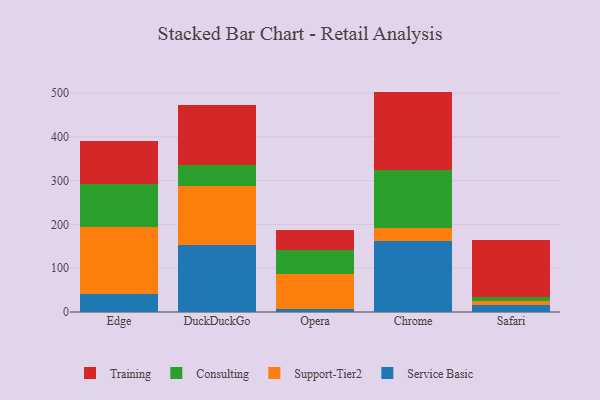
{"axis": {"x": "Browser", "y": "Active Users"}, "legend": ["Consulting", "Service Basic", "Support-Tier2", "Training"], "data": [{"x": "Edge", "y": 40.2, "type": "Service Basic"}, {"x": "Edge", "y": 153.8, "type": "Support-Tier2"}, {"x": "Edge", "y": 99.5, "type": "Consulting"}, {"x": "Edge", "y": 96.4, "type": "Training"}, {"x": "DuckDuckGo", "y": 153.2, "type": "Service Basic"}, {"x": "DuckDuckGo", "y": 135.4, "type": "Support-Tier2"}, {"x": "DuckDuckGo", "y": 46.7, "type": "Consulting"}, {"x": "DuckDuckGo", "y": 137.7, "type": "Training"}, {"x": "Opera", "y": 8.0, "type": "Service Basic"}, {"x": "Opera", "y": 78.3, "type": "Support-Tier2"}, {"x": "Opera", "y": 56.4, "type": "Consulting"}, {"x": "Opera", "y": 44.3, "type": "Training"}, {"x": "Chrome", "y": 162.6, "type": "Service Basic"}, {"x": "Chrome", "y": 28.8, "type": "Support-Tier2"}, {"x": "Chrome", "y": 133.0, "type": "Consulting"}, {"x": "Chrome", "y": 179.1, "type": "Training"}, {"x": "Safari", "y": 15.6, "type": "Service Basic"}, {"x": "Safari", "y": 8.7, "type": "Support-Tier2"}, {"x": "Safari", "y": 10.8, "type": "Consulting"}, {"x": "Safari", "y": 130.3, "type": "Training"}]}